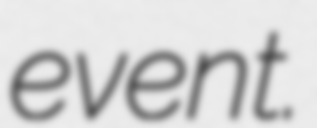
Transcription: event.